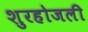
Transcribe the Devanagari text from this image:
शुरहोजली